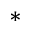
^ { \ast }